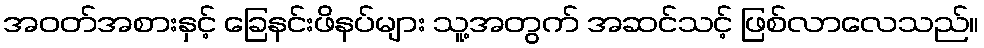
အဝတ်အစားနှင့် ခြေနင်းဖိနပ်များ သူ့အတွက် အဆင်သင့် ဖြစ်လာလေသည်။